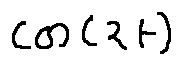
\cos ( 2 t )